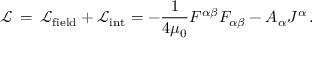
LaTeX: { \mathcal { L } } \, = \, { \mathcal { L } } _ { \mathrm { f i e l d } } + { \mathcal { L } } _ { \mathrm { i n t } } = - { \frac { 1 } { 4 \mu _ { 0 } } } F ^ { \alpha \beta } F _ { \alpha \beta } - A _ { \alpha } J ^ { \alpha } \, .